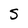
Character: S